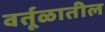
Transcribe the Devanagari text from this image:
वर्तूळातील